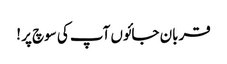
قربان جائوں آپ کی سوچ پر !